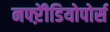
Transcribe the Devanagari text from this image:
नफ्ऱेीडियोपोर्स